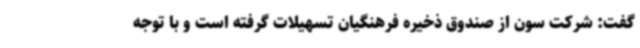
گفت: شرکت سون از صندوق ذخیره فرهنگیان تسهیلات گرفته است و با توجه